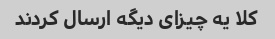
کلا یه چیزای دیگه ارسال کردند